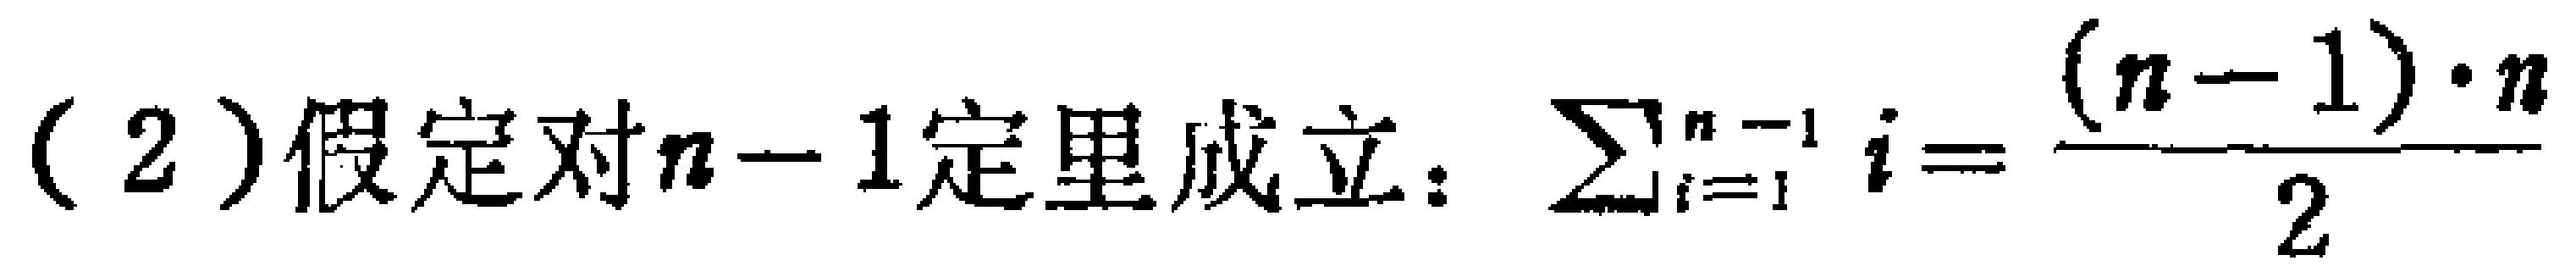
(2) 假定对 \(n - 1\) 定理成立：\(\sum_{i = 1}^{n - 1} i = \frac{(n - 1)\cdot n}{2}\)